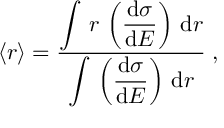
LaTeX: \langle r \rangle = \frac { \displaystyle { \int \, r \, \left( \frac { \mathrm { d } \sigma } { \mathrm { d } E } \right) \, \mathrm { d } r } } { \displaystyle { \int \, \left( \frac { \mathrm { d } \sigma } { \mathrm { d } E } \right) \, \mathrm { d } r } } \; ,